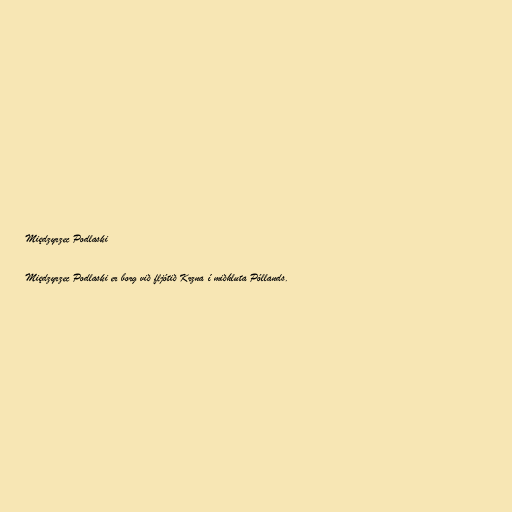
Międzyrzec Podlaski

Międzyrzec Podlaski er borg við fljótið Krzna í miðhluta Póllands.